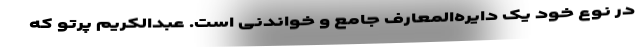
در نوع خود یک دایره‌المعارف جامع و خواندنی است. عبدالکریم پرتو که